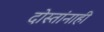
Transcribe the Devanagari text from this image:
दोस्तांनाही